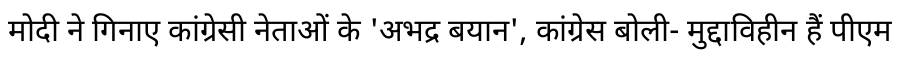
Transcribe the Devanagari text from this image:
मोदी ने गिनाए कांग्रेसी नेताओं के 'अभद्र बयान', कांग्रेस बोली- मुद्दाविहीन हैं पीएम